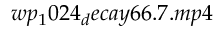
w p _ { 1 } 0 2 4 _ { d } e c a y 6 6 . 7 . m p 4